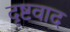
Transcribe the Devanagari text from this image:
दृष्टवाद